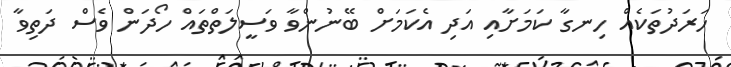
ހަރަދުތަކެއް ހިނގާ ކަމަށާއި އަދި އެކަމަށް ބޭނުންވާ ވަސީލަތްތައް ހޯދަން ވެސް ދަތިވާ